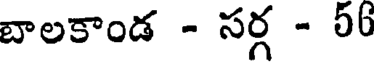
బాలకాండ - సర్గ - 56